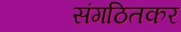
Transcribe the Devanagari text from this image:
संगठितकर